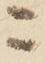
ニ